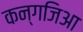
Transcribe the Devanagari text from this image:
कन्गजिआ